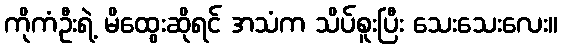
ကိုကံဦးရဲ့ မိထွေးဆိုရင် အသံက သိပ်စူးပြီး သေးသေးလေး။